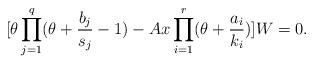
LaTeX: \begin{align*}[\theta \prod_{j=1}^{q}(\theta + \frac{b_{j}}{s_{j}}-1)-Ax\prod_{i=1}^{r}(\theta + \frac{a_{i}}{k_{i}}) ]W=0.\end{align*}